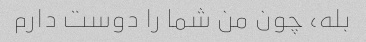
بله، چون من شما را دوست دارم